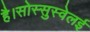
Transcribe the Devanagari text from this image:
है।सोस्सुस्वेलई